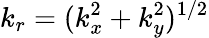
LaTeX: k_{r}=(k_{x}^{2}+k_{y}^{2})^{1/2}